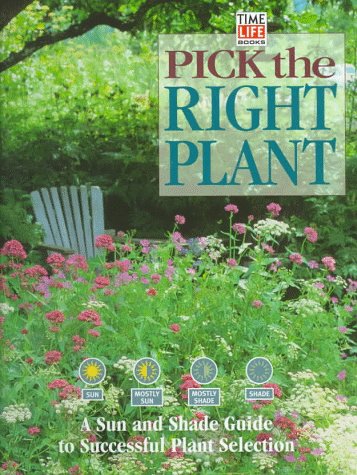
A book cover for Pick the Right Plant; Crafts, Hobbies & Home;